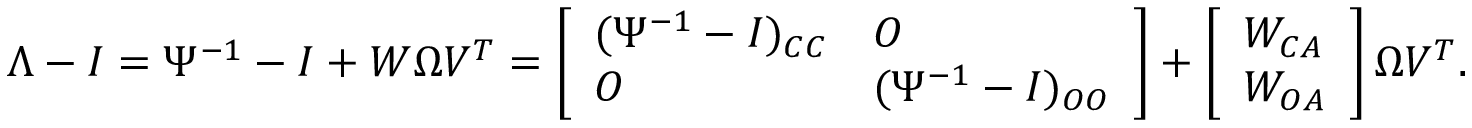
\begin{array} { r } { \Lambda - I = \Psi ^ { - 1 } - I + W \Omega V ^ { T } = \left[ \begin{array} { l l } { ( \Psi ^ { - 1 } - I ) _ { C C } } & { O } \\ { O } & { ( \Psi ^ { - 1 } - I ) _ { O O } } \end{array} \right] + \left[ \begin{array} { l } { W _ { C A } } \\ { W _ { O A } } \end{array} \right] \Omega V ^ { T } . } \end{array}